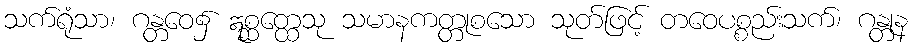
သက်ရုံသာ၊ ဂန္တဝေ၌ ဣစ္ဆတ္ထေသု သမာနကတ္တုစသော သုတ်ဖြင့် တဝေပစ္စည်းသက်၊ ဂန္တုန